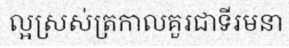
ល្អស្រស់ត្រកាលគួរជាទីរមនា